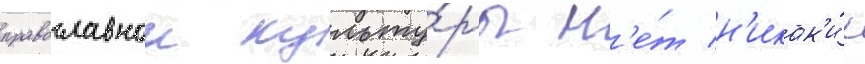
православнои культу́ры н'е́т н'икак'и́х